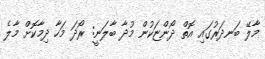
މާލޭ ބަނދަރުގައި އޮތް ދޯންޏަކުން މުދާ ބާލަނީ: ރޯދަ މަހާ ދިމާކޮށް މާލެ